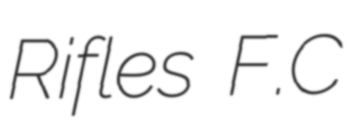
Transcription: Rifles F.C